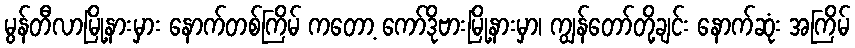
မွန်တီလာမြို့နားမှား နောက်တစ်ကြိမ် ကတော့ ကော်ဒိုဗားမြို့နားမှာ၊ ကျွန်တော်တို့ချင်း နောက်ဆုံး အကြိမ်